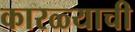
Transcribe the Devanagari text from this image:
कारळ्याची